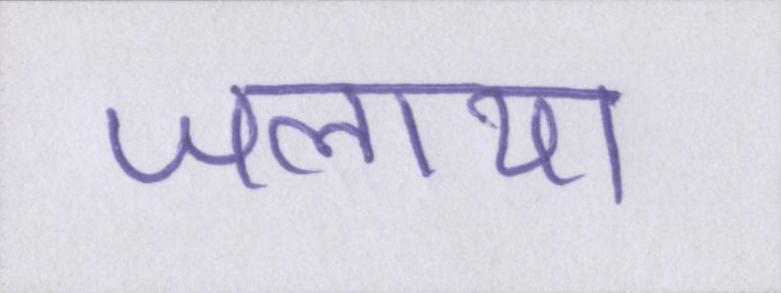
जलाया